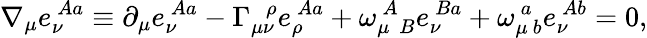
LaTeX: \nabla_{\mu}e_{\nu}^{\! ~~Aa}\equiv\partial_{\mu}e_{\nu}^{\! ~~Aa}-\Gamma_{\mu\nu}^{~~~\rho}e_{\rho}^{\! ~~Aa}+\omega_{\mu~~B}^{\! ~~A}e_{\nu}^{\! ~~Ba}+\omega_{\mu\! ~~b}^{\! ~~a}e_{\nu}^{\! ~~Ab}=0,